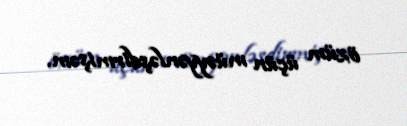
özüm üçün müəyyənləşdirmişəm.